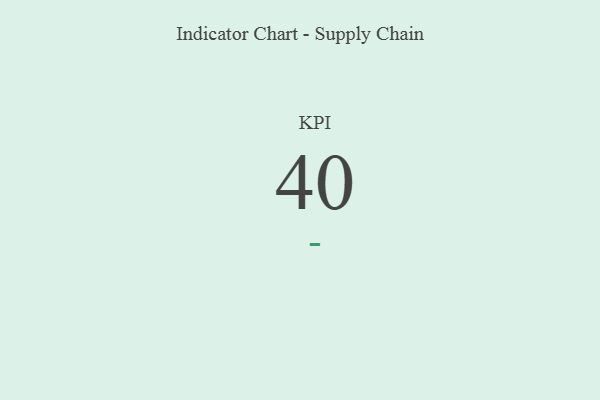
{"axis": {"x": "KPI", "y": "Value"}, "legend": [""], "data": [{"x": "KPI", "y": 40, "type": ""}]}